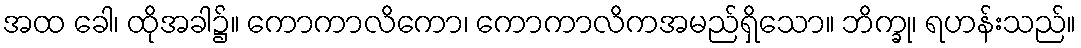
အထ ခေါ၊ ထိုအခါ၌။ ကောကာလိကော၊ ကောကာလိကအမည်ရှိသော။ ဘိက္ခု၊ ရဟန်းသည်။